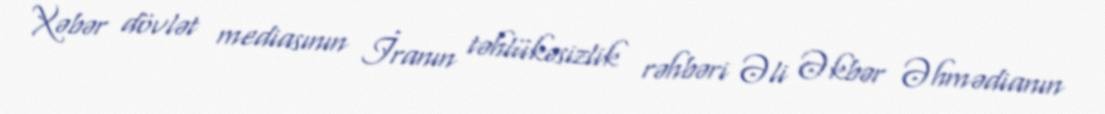
Xəbər dövlət mediasının İranın təhlükəsizlik rəhbəri Əli Əkbər Əhmədianın